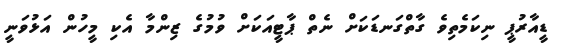
ޑީއާރުޕީ ނިކަމެތިވެ ގާތްގަނޑަކަށް ނެތް ޕާޓީއަކަށް ވުމުގެ ޒިންމާ އެކި މީހުން އަޅުވަނީ